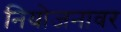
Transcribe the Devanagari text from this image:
नियोजनावर